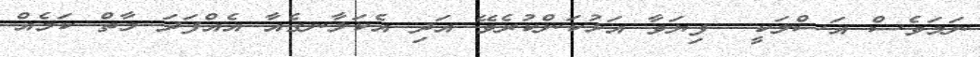
ނަމަވެސް އަސްލަކީ  ފިޔަވާ އަޅުކަންކުރެވޭ އަދި އެކަލާނގެއާ އެއްފަދަ މާތް ކަމެއް